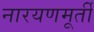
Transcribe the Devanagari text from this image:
नारयणमूर्ती